Rangoon Lunatic Asylum 1878-1892 - 1878-1892
Year: 1878
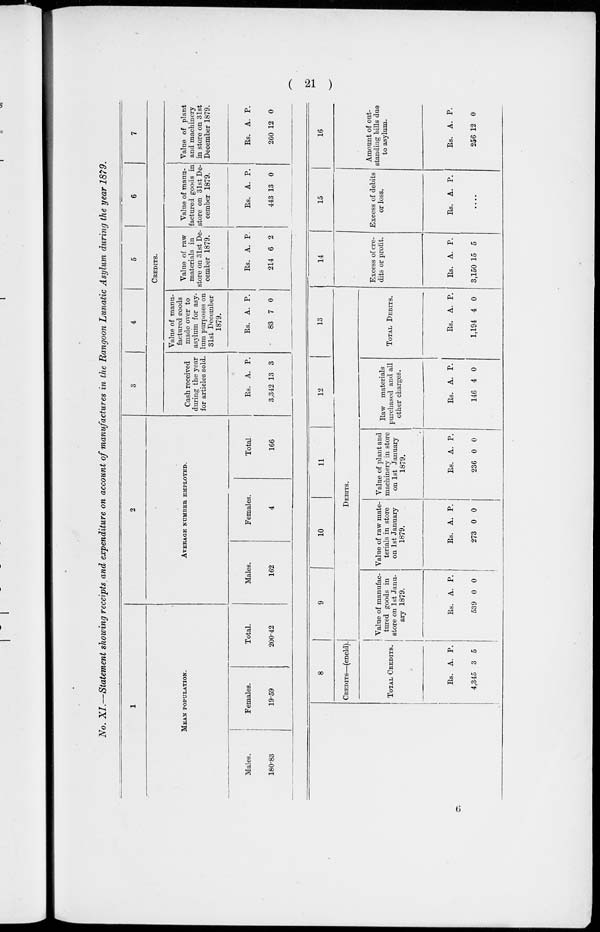
( 21 )
No. XI.—Statement showing receipts and expenditure on account of manufactures in the Rangoon Lunatic Asylum during the year 1879.
1
MEAN POPULATION.
Males.
180.83
Females.
19.59
Total.
200.42
2
AVERAGE NUMBER EMPLOYED.
Males.
162
Females.
4
Total.
166
3
4
5
6
7
CREDITS.
Cash received
during the year
for articles sold.
Rs.
3,342
A.
13
P.
3
Value of manu-
factured goods
made over to
asylum for asy-
lum purposes on
31st December
1879.
Rs.
83
A.
7
P.
0
Value of raw
materials in
store on 31st De-
cember 1879.
Rs.
214
A.
6
P.
2
Value of manu-
factured goods in
store on 31st De-
cember 1879.
Rs.
443
A.
13
P.
0
Value of plant
and machinery
in store on 31st
December 1879.
Rs.
260
A.
12
P.
0
8
CREDITS—(cncld).
TOTAL CREDITS.
Rs.
4,345
A.
3
P.
5
9
10
11
12
13
DEBITS.
Value of manufac-
tured goods in
store on 1st Janu-
ary 1879.
Rs.
539
A.
0
P.
0
Value of raw mate¬
terials in store
on 1st January
1879.
Rs.
273
A.
0
P.
0
Value of plant and
machinery in store
on 1st January
1879.
Rs.
236
A.
0
P.
0
Raw materials
purchased and all
other charges.
Rs.
146
A.
4
P.
0
TOTAL DEBITS.
Rs.
1,194
A.
4
P.
0
14
Excess of cre-
dits or profit.
Rs.
3,150
A.
15
P.
5
15
Excess of debits
or loss.
Rs. A. P.
....
16
Amount of out-
standing bills due
to asylum.
Rs.
256
A.
12
P.
0
6